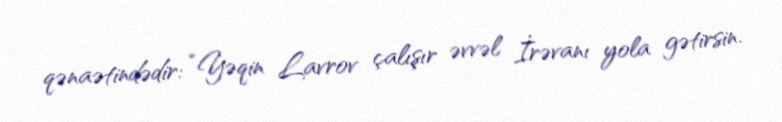
qənaətindədir: “Yəqin Lavrov çalışır əvvəl İrəvanı yola gətirsin.